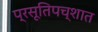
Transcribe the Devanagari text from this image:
प्रसूतिपच्शात